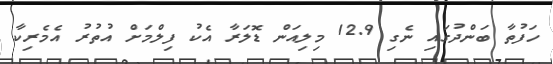
ހަފުތާ ބަންދުގައި ނެގި 12.9 މިލިއަން ޑޮލަރާ އެކު ފިލްމަށް އުތުރު އެމެރިކާ